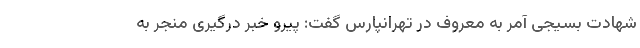
شهادت بسیجی آمر به معروف در تهرانپارس گفت: پیرو خبر درگیری منجر به